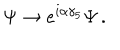
\Psi \rightarrow e ^ { i \alpha \gamma _ { 5 } } \Psi \, .